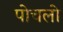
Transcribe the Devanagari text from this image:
पोचलो